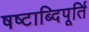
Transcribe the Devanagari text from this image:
षष्टाब्दिपूर्ति